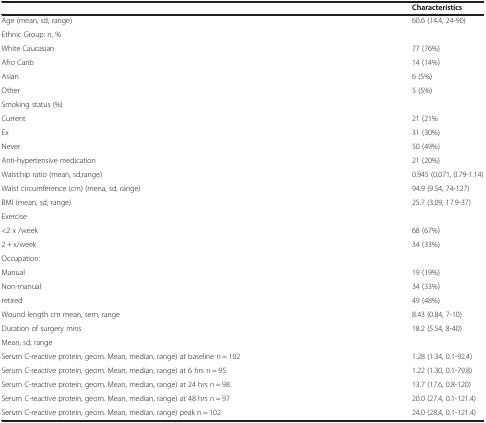
<table><thead><tr><td><b> </b></td><td><b>Characteristics</b></td></tr></thead><tbody><tr><td>Age (mean, sd, range)</td><td>60.6 (14.4, 24-90)</td></tr><tr><td colspan="2">Ethnic Group: n, %</td></tr><tr><td>White Caucasian</td><td>77 (76%)</td></tr><tr><td>Afro Carib</td><td>14 (14%)</td></tr><tr><td>Asian</td><td>6 (5%)</td></tr><tr><td>Other</td><td>5 (5%)</td></tr><tr><td colspan="2">Smoking status (%)</td></tr><tr><td>Current</td><td>21 (21%</td></tr><tr><td>Ex</td><td>31 (30%)</td></tr><tr><td>Never</td><td>50 (49%)</td></tr><tr><td>Anti-hypertensive medication</td><td>21 (20%)</td></tr><tr><td>Waist:hip ratio (mean, sd,range)</td><td>0.945 (0.071, 0.79-1.14)</td></tr><tr><td>Waist circumference (cm) (mena, sd, range)</td><td>94.9 (9.54, 74-127)</td></tr><tr><td>BMI (mean, sd, range)</td><td>25.7 (3.09, 17.9-37)</td></tr><tr><td colspan="2">Exercise</td></tr><tr><td>&lt;2 x /week</td><td>68 (67%)</td></tr><tr><td>2 + x/week</td><td>34 (33%)</td></tr><tr><td colspan="2">Occupation:</td></tr><tr><td>Manual</td><td>19 (19%)</td></tr><tr><td>Non-manual</td><td>34 (33%)</td></tr><tr><td>retired</td><td>49 (48%)</td></tr><tr><td>Wound length cm mean, sem, range</td><td>8.43 (0.84, 7-10)</td></tr><tr><td>Duration of surgery mins</td><td rowspan="2">18.2 (5.54, 8-40)</td></tr><tr><td>Mean, sd, range</td></tr><tr><td>Serum C-reactive protein, geom. Mean, median, range) at baseline n = 102</td><td>1.28 (1.34, 0.1-92.4)</td></tr><tr><td>Serum C-reactive protein, geom. Mean, median, range) at 6 hrs n = 95</td><td>1.22 (1.30, 0.1-79.8)</td></tr><tr><td>Serum C-reactive protein, geom. Mean, median, range) at 24 hrs n = 98</td><td>13.7 (17.6, 0.8-120)</td></tr><tr><td>Serum C-reactive protein, geom. Mean, median, range) at 48 hrs n = 97</td><td>20.0 (27.4, 0.1-121.4)</td></tr><tr><td>Serum C-reactive protein, geom. Mean, median, range) peak n = 102</td><td>24.0 (28.4, 0.1-121.4)</td></tr></tbody></table>